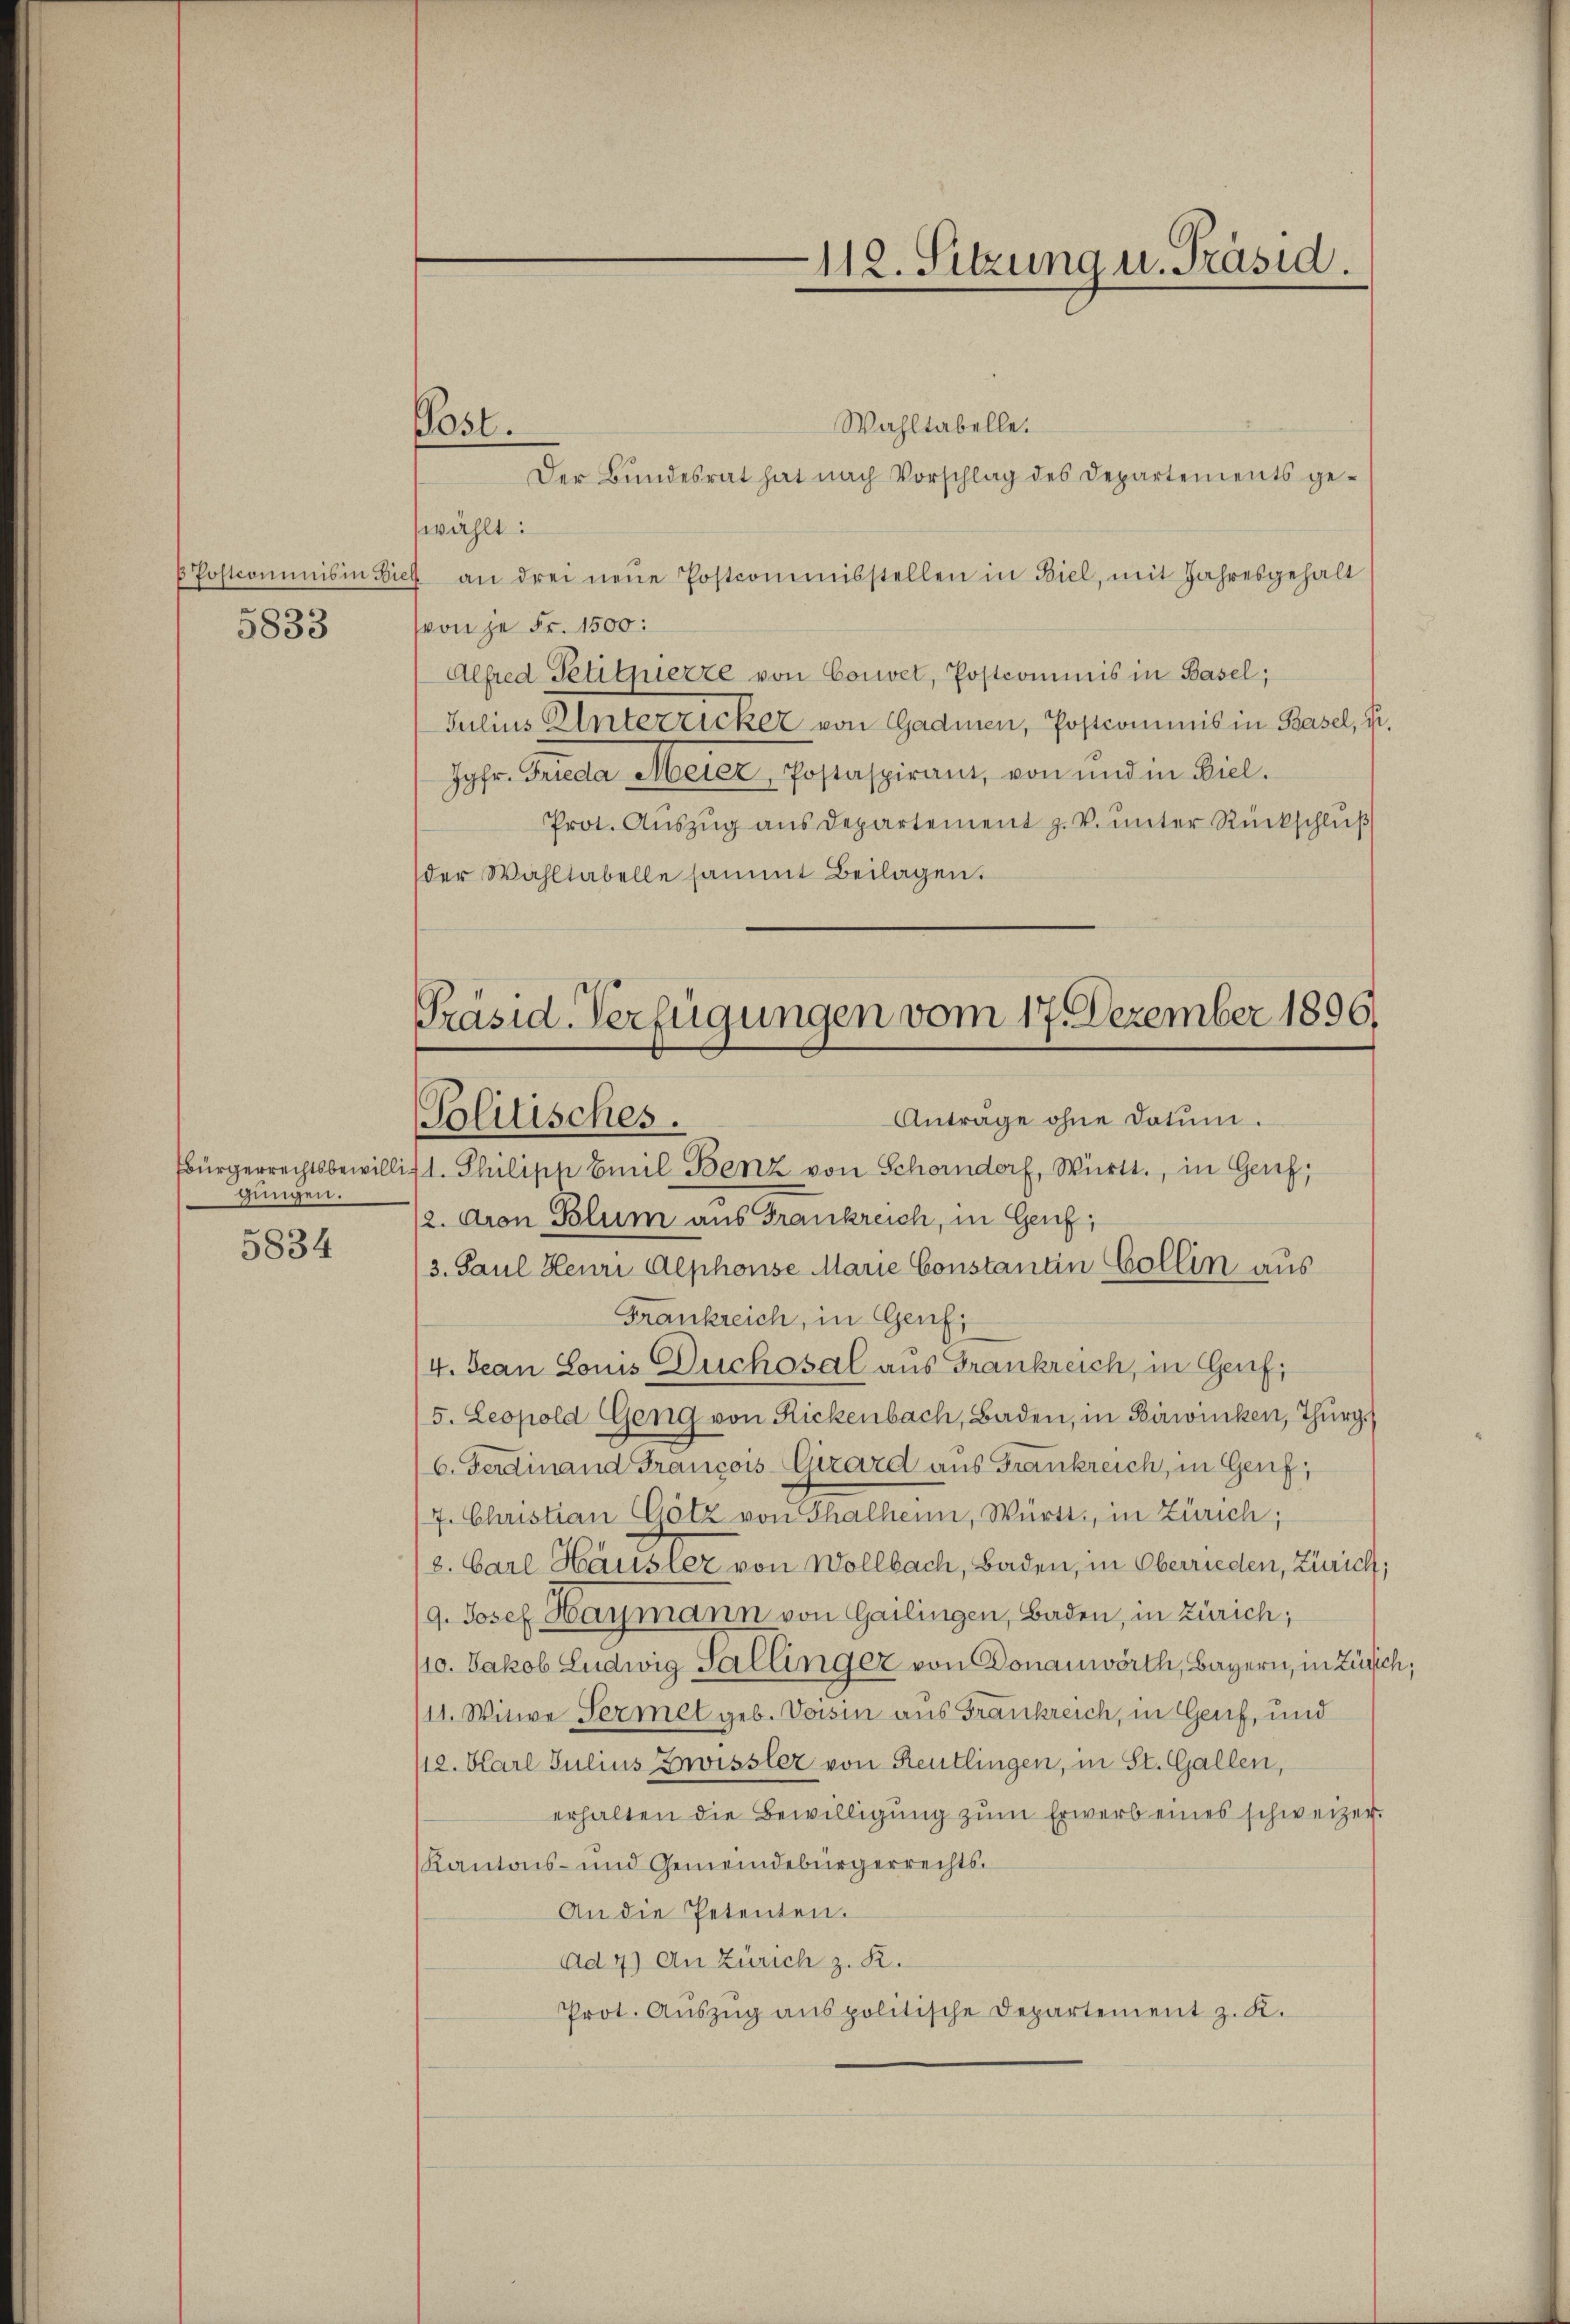
5833

Ebürgerrechtsbewilligungen.
5834

Post.

112. Sitzung u. Präsid.

Wahltabelle.
Der Bundesrat hat nach Vorschlag des Departements gewählt:
6 Postcommis in Biel an drei neŭe Postcommisstellen in Biel, mit Jahresgehalt
von je Fr. 1500:
Alfred Petituierze von Convet, Postcommis in Basel;
Julius Unterricker von Gadmen, Postcommis in Basel, Fr.
Jgfr. Frieda Meier Postaspiran, von und in Biel.
Prot. Aŭszŭg ans Departement z. V. ŭnter Rückschlŭβ
der Wahltabelle sammt Beilagen.

Präsid-Verfügungen vom 17. Dezember 1896.
Antrage ohne Datum.
Politisches.

1. Philipp Emil Benz von Schorndorf, Württ., in Genf,
(2. Aron Polum aus Frankreich, in Genf;
3. Paul Henri Alphonse Marie Constantin Collin aus
Frankreich, in Genfi
4. Jean Louis Duchosal aus Frankreich, in Genf,
5. Leopold Geng von Rickenbach, Baden, in Birwinken, Thurg.
6. Ferdinand Francois-Gizard aus Frankreich, in Genf,
7. Christian Götz von Thalheim, Württ., in Zürich;
8. Carl Häusler von Wollbach, Baden, in Oberrieden, Zürich;
19. Josef Haymann von Gailingen, Baden, in Zürich;
/10. Jakob Ludwig Sallinger von Donauwörth, Bayern, in Zürich,
(11. Witwe Sermet geb. Vorsin aus Frankreich, in Genf, und
112. Karl Julius Zwissler von Reutlingen, in St. Gallen,
erhalten die Bewilligung zum Erwerb eines schweizer.
Kantons- und Gemeindebürgerrechts¬
An die Petenten.
Ad 4) An Zürich z. R.
Prot. Aŭszŭg anspolitische Departement z. K.